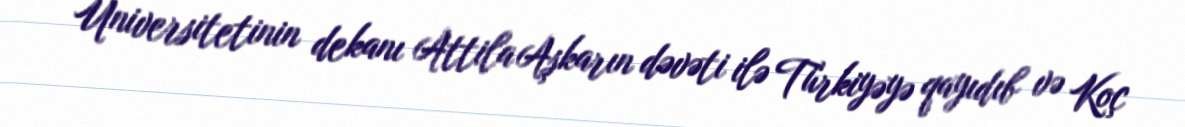
Universitetinin dekanı Attila Aşkarın dəvəti ilə Türkiyəyə qayıdıb və Koç